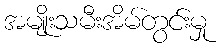
အမျိုးသမီးအိမ်တွင်းမှု